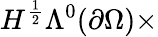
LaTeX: H^{\frac{1}{2}}\Lambda^{0}(\partial\Omega)\times